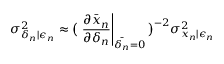
\sigma _ { \delta _ { n } | \epsilon _ { n } } ^ { 2 } \approx \big ( \left. \frac { \partial \bar { x } _ { n } } { \partial \delta _ { n } } \right| _ { \bar { \delta _ { n } } = 0 } \big ) ^ { - 2 } \sigma _ { x _ { n } | \epsilon _ { n } } ^ { 2 }